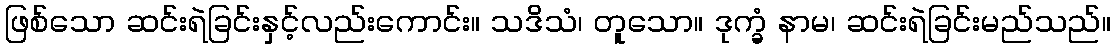
ဖြစ်သော ဆင်းရဲခြင်းနှင့်လည်းကောင်း။ သဒိသံ၊ တူသော။ ဒုက္ခံ နာမ၊ ဆင်းရဲခြင်းမည်သည်။